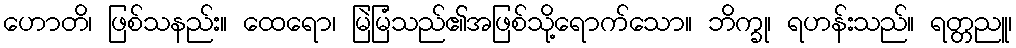
ဟောတိ၊ ဖြစ်သနည်း။ ထေရော၊ မြဲမြံသည်၏အဖြစ်သို့ရောက်သော။ ဘိက္ခု၊ ရဟန်းသည်။ ရတ္တညူ၊